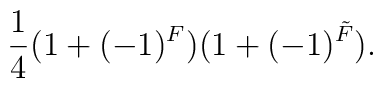
\frac{1}{4}(1+(-1)^{F})(1+(-1)^{\tilde{F}}).